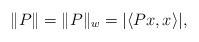
\begin{align*}\|P\|=\|P\|_w=|\langle Px,x\rangle |,\end{align*}